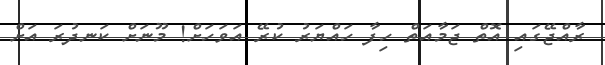
ރާއްޖޭގައި އޮތް ޖަމާއަތް ހިފާ ހައްޔަރު ކުރޭ އަވަހަށް! މޫނަށް ކަނދުރަ އަށް